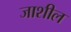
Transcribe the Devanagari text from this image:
जाशील